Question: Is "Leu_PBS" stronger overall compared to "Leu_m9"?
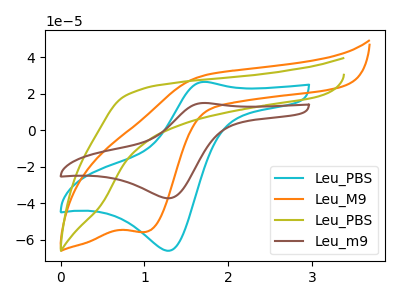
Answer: <think>The cyan curve "Leu_PBS" has an anodic peak at (1.70V, 26.50uA) and a cathodic peak at (1.30V, -66.00uA). The orange curve "Leu_M9" has a cathodic peak at: (1.00V, -55.70uA). The olive curve "Leu_PBS" has no peaks. The brown curve "Leu_m9" has an anodic peak at (1.70V, 14.95uA) and a cathodic peak at (1.30V, -37.25uA).
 All the peaks in "Leu_PBS" have a peak in "Leu_m9" at the same potential. Every peak in "Leu_PBS" is higher than every peak in "Leu_m9".</think>
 <answer>"Leu_PBS" has more signal than "Leu_m9".</answer>
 <eval>more_signal</eval>